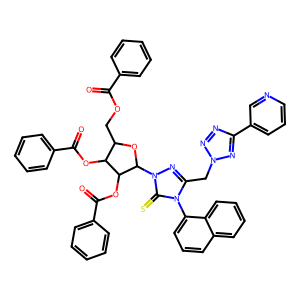
SMILES: O=C(OCC1OC(n2nc(Cn3nnc(-c4cccnc4)n3)n(-c3cccc4ccccc34)c2=S)C(OC(=O)c2ccccc2)C1OC(=O)c1ccccc1)c1ccccc1
Inhibits HIV replication: No